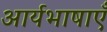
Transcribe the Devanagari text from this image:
आर्यभाषाएँ